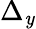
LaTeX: \Delta_{\mathit{y}}